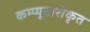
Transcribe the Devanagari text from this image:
कम्प्यूटारीकृत